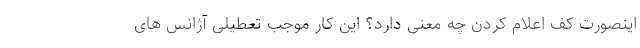
اینصورت کف اعلام کردن چه معنی دارد؟ این کار موجب تعطیلی آژانس های